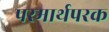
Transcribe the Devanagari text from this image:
परमार्थपरक